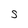
Character: S